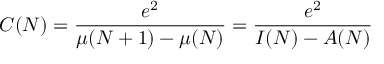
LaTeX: C ( N ) = { \frac { e ^ { 2 } } { \mu ( N + 1 ) - \mu ( N ) } } = { \frac { e ^ { 2 } } { I ( N ) - A ( N ) } }